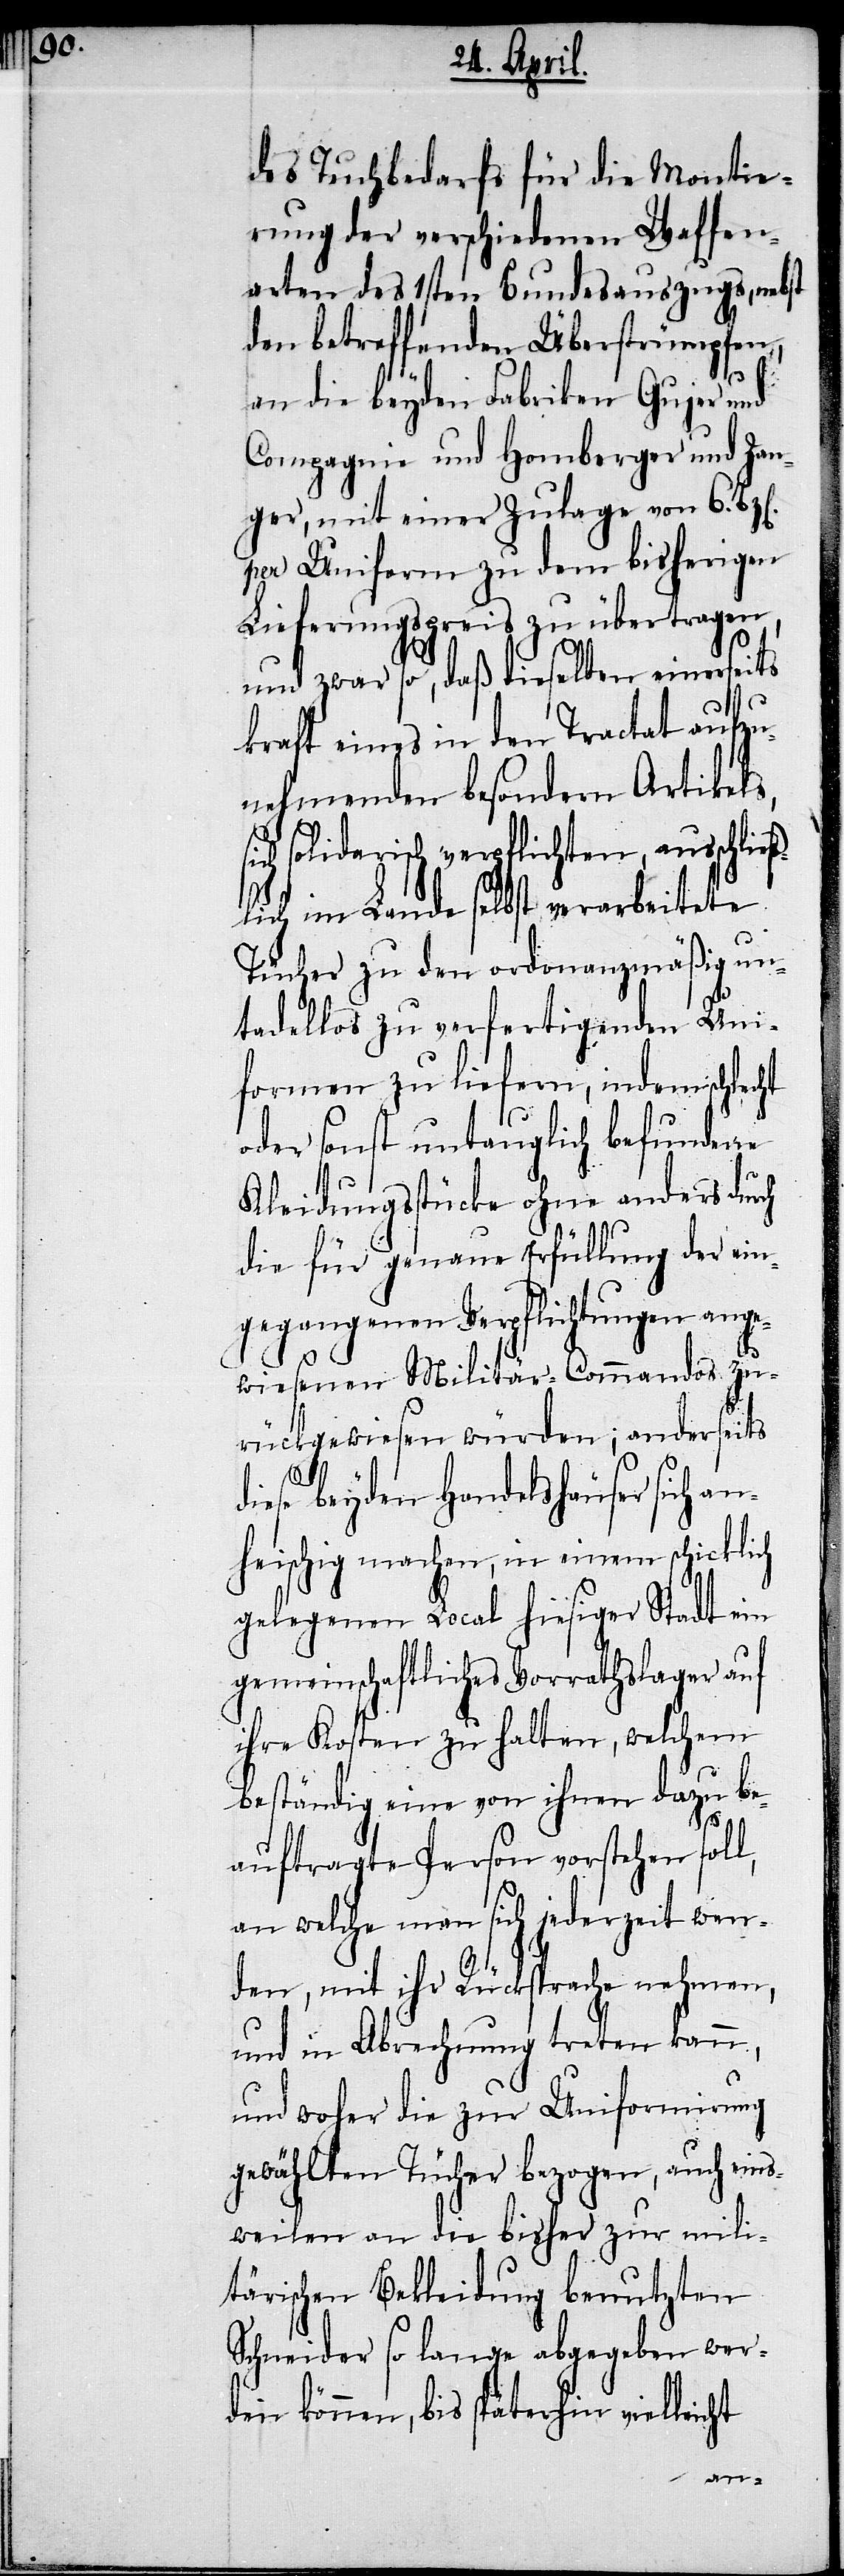
des Tuchbedarfs für die Montie¬
rung der verschiedenen Waffen¬
arten des 1sten Bundesauszugs, nebst
den betreffenden Überstrümpfen,
an die beyden Fabriken Gujer und
Compagnie und Homberger und Zan¬
ger, mit einer Zulage von 6.
per Uniform zu dem bisherigen
Lieferungspreis zu übertragen,
und zwar so, daß dieselben einerseits
kraft eines in den Tractat aufzu¬
nehmenden besondern Artikels,
solidarisch verpflichten, ausschließ¬
lich im Lande selbst verarbeitete
Tücher zu den ordonanzmäßig un¬
tadellos zu verfertigenden Uni¬
formen zu liefern, indem schlecht
oder sonst untauglich befundene
Kleidungsstücke ohne anders durch
die für genaue Erfüllung der ein¬
gegangenen Verpflichtungen ange¬
wiesenen Militär-Commandos zu¬
rückgewiesen würden; anderseits
diese beyden Handelshäuser sich an¬
heischig machen, in einem schicklich
gelegenen Local hiesiger Stadt ein
gemeinschaftliches Vorrathslager auf
ihre Kosten zu halten, welchem
beständig eine von ihnen dazu be¬
auftragte Person vorstehen soll,
an welche man sich jederzeit wen¬
den, mit ihr Rücksprache nehmen,
und in Abrechnung treten kann,
und woher die zur Uniformirung
gewählten Tücher bezogen, auch eins¬
weilen an die bisher zur mili¬
tärischen Bekleidung benutzten
Schneider so lange abgegeben wer¬
den können, bis späterhin vielleicht